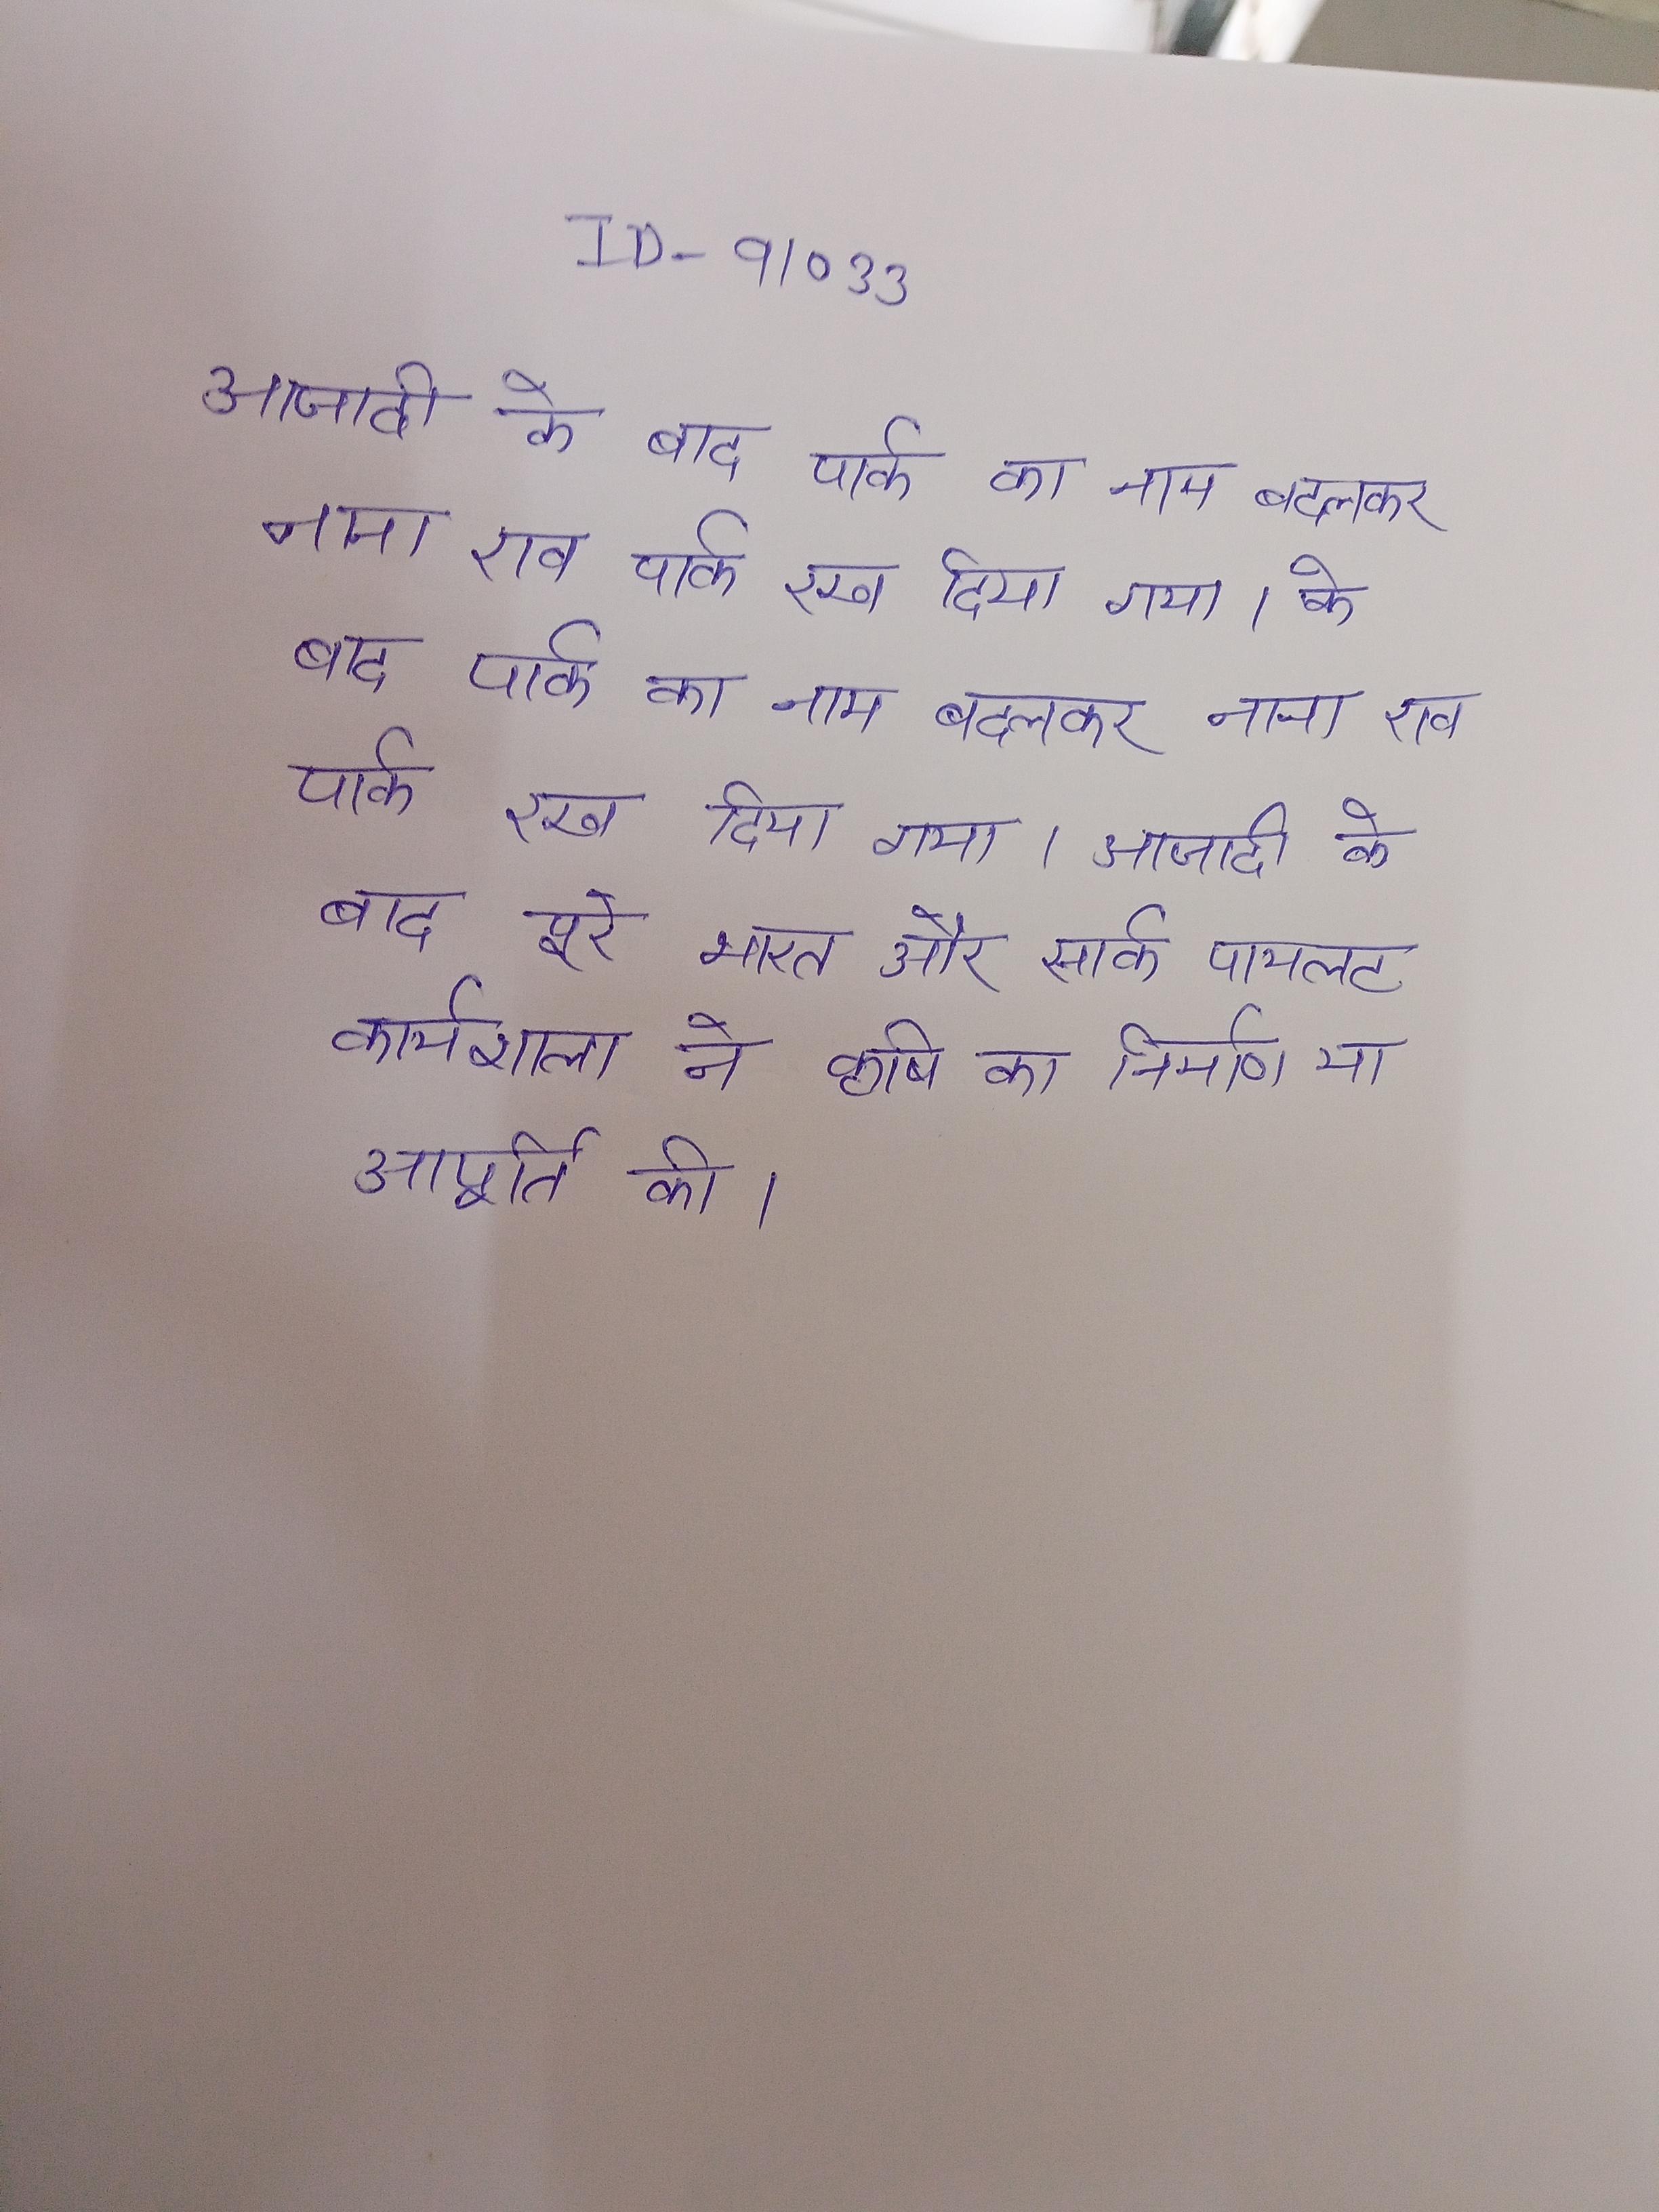
आजादी के बाद पार्क का नाम बदलकर नाना राव पार्क रख दिया गया । के बाद पार्क का नाम बदलकर नाना राव पार्क रख दिया गया । आजादी के बाद पूरे भारत और सार्क पायलट कार्यशाला ने कृषि का निर्माण या आपूर्ति की ।